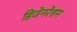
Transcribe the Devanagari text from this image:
डिजेनरेशन